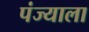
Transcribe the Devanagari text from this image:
पंज्याला